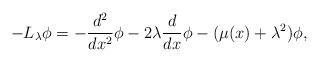
LaTeX: \begin{align*} -L_\lambda\phi=-\frac{d^2}{dx^2}\phi -2\lambda \frac{d}{dx}\phi -(\mu(x)+\lambda^2)\phi,\end{align*}